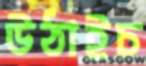
উঠাইচ